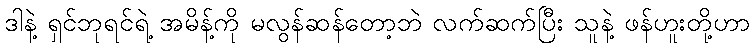
ဒါနဲ့ ရှင်ဘုရင်ရဲ့ အမိန့်ကို မလွန်ဆန်တော့ဘဲ လက်ဆက်ပြီး သူနဲ့ ဖန်ဟူးတို့ဟာ